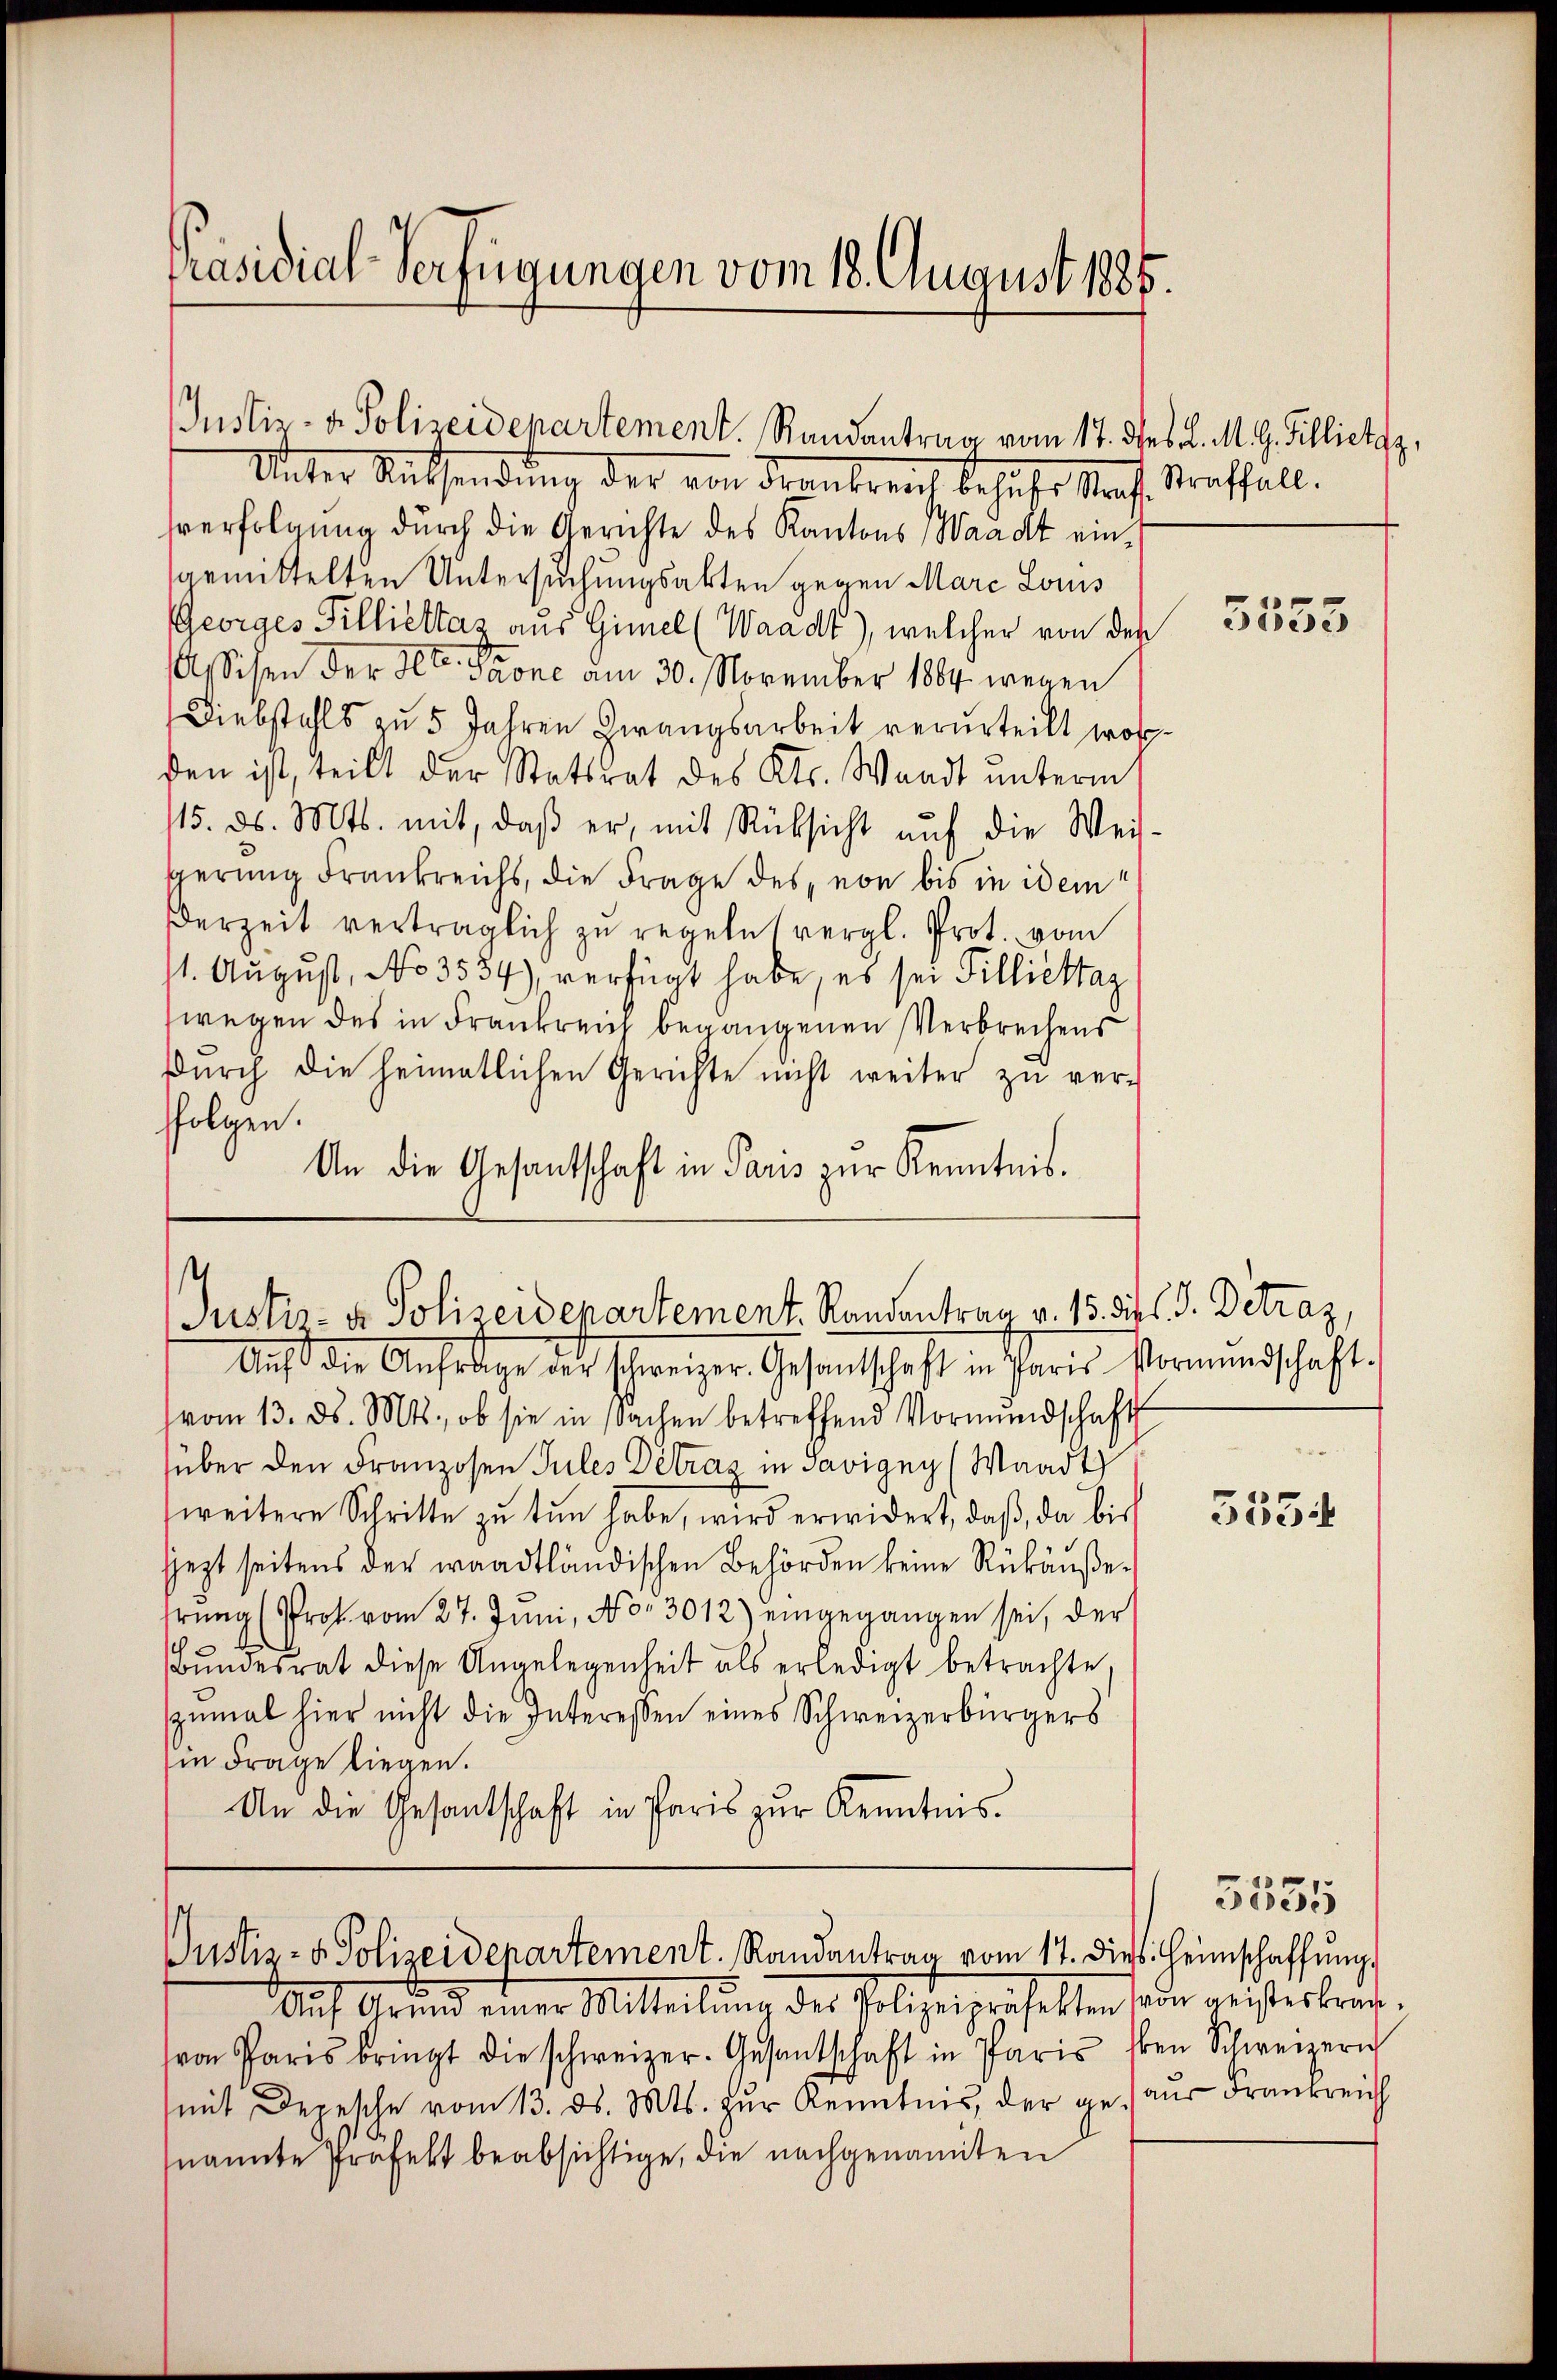
Präsidial-Verfügungen vom 18. August 1885.

Unter Ratsendung der von Frankreich besucher Nach Straffall.
sverfolgung durch die Gerichte des Kantons Waadt einsgemittelten Untersuchungsakten gegen Marc Louis
Georges Tilliettaz aus Gimel (Waadt), welcher von den
Assiten der St. Prone am 30. November 1864 wegen
Diebstahls zu 5 Jahren Zwangsarbeit verurteilt worden ist, teilt der Stattrat des Kts. Waadt unterm
115. ds. Mts. mit, daβ er, mit Rüksicht auf die Weis-
gerung Frankreichs, die Frage des von bis in idem
Derzeit verträglich zu regeln vergl. Prot. vom
st. August, No 3554), verfügt habe, es sei Tilliettaz
wegen des in Frankreich begangenen Verbrechens
dŭrch die heimatlichen Gerichte nicht weiter zŭ ver-
folgen.
An die Gesantschaft in Paris zur Kenntnis.

Justiz- & Polizeidepartement. Randantrag vom 17. des L. M. g. Tillietyz,

Justiz- & Polizeidepartement. Randentrag v. 15. Sie l. J. Betraz,

Auf die Anfrage des schweizer. Gesandtschaft in Paris Vormundschaft.
(vom 13. ds. Mts., ob sie in sachen betreffend Vormundschaft
über den Franzosen Pules Detrag in Savigny (Waadt
weitere Schritte zŭ tun habe, wird erwidert, daβ, da bis
jjezt seitens der waadtländischen Behörden keine Rükäußerŭng (Prok. vom 27. Juni, No. 3012) eingegangen sei, der
Bŭndesrat diese Angelegenheit als erledigt betrachte.
szumal hier nicht die Interessen eines Schweizerbürgers
in Frage liegen.
An die Gesandtschaft in Paris zur Kenntnis.

Justiz- & Polizeidepartement. Randantrag vom 17. dies. Heimschaffŭng

Auf Grund einer Mitteilung des Polizeiprächelten son geisterbra
von Paris bringt die schweizer. Gesandtschaft in Paris
mit Depesche vom 13. ds. Mts. zŭr Kenntnis, der ge- aus Frankreich
nannte Präfekt beabsichtige, die nachgenannten

5555

3534

3555
en Schweizerich